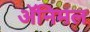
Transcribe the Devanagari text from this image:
अॅनिमल